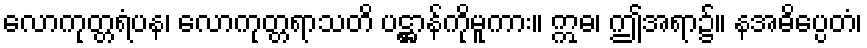
လောကုတ္တရံပန၊ လောကုတ္တရာသတိ ပဋ္ဌာန်ကိုမူကား။ ဣဓ၊ ဤအရာ၌။ နအဓိပ္ပေတံ၊